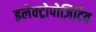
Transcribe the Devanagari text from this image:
इलेक्ट्रोपोज़िटिव